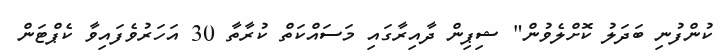
ކުންފުނި ބަދަލު ކޮށްލެވުން" ޝިޕިން ދާއިރާގައި މަސައްކަތް ކުރާތާ 30 އަހަރުވެފައިވާ ކެޕްޓަން